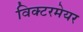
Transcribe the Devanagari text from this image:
विक्टरमेयर